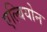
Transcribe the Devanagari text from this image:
एल्बियोन